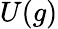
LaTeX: U(g)